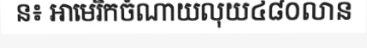
ន៖ អាមេរិកចំណាយលុយ៤៨០លាន